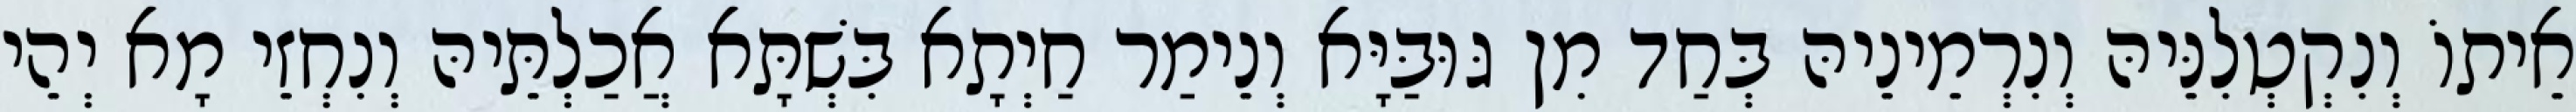
אֵיתוֹ וְנִקְטְלִנֵּיהּ וְנִרְמֵינֵיהּ בְּחַד מִן גּוּבַּיָּא וְנֵימַר חַיְתָא בִּשְׁתָּא אֲכַלְתֵּיהּ וְנִחְזֵי מָא יְהֵי